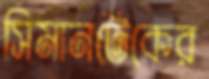
সিমানটেকের